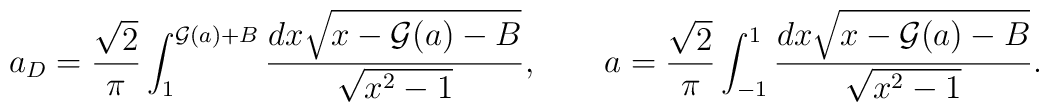
a_D={\sqrt 2\over \pi}\int_1^{{\cal G}(a)+B}{dx \sqrt{x-{\cal G}(a)-B}\over \sqrt{x^2-1}},\qquad a={\sqrt 2\over \pi}\int_{-1}^1 {dx \sqrt{x-{\cal G}(a)-B}\over\sqrt{x^2-1}}.